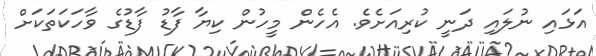
އަޅައި ނުލައި ދަނީ ކުރިއަށެވެ. އެހެން މީހުން ކިޔާ ފާޑު ފާޑުގެ ވާހަކަތަކަށް